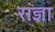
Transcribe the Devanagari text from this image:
संंज्ञा